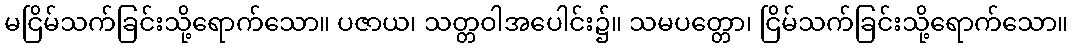
မငြိမ်သက်ခြင်းသို့ရောက်သော။ ပဇာယ၊ သတ္တဝါအပေါင်း၌။ သမပတ္တော၊ ငြိမ်သက်ခြင်းသို့ရောက်သော။